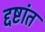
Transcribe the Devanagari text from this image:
द्दष्टांत